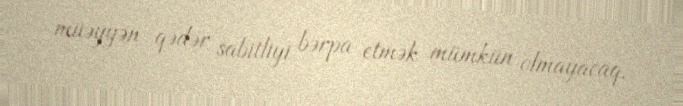
müəyyən qədər sabitliyi bərpa etmək mümkün olmayacaq.